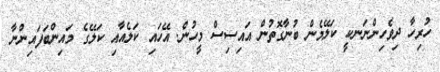
ހުރިހާ ދިވެހިންނަނކީ ކަލޭމެން ބުނާގޮތުން އައިސިސް މީހުން. އޭހައި ކަލެއާއި ކަލޭގެ މައިންބަފައިންނާ